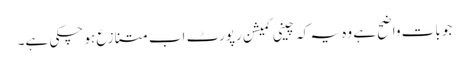
جو بات واضح ہے وہ یہ کہ چینی کمیشن رپورٹ اب متنازع ہو چکی ہے۔